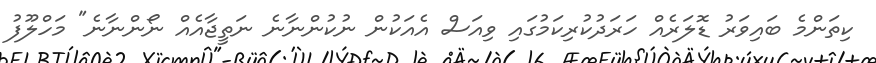
ކިތަންމެ ބައިވަރު ޑޮލަރެއް ހަރަދުކުރިކަމުގައި ވިއަސް އެއަކުން ނުކުންނާނެ ނަތީޖާއެއް ނޯންނާނެ" މަހްލޫފު